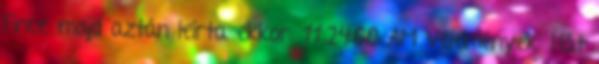
Fince majd aztán leírta ekkor: 11:24:00 AM Vélemények: Hát